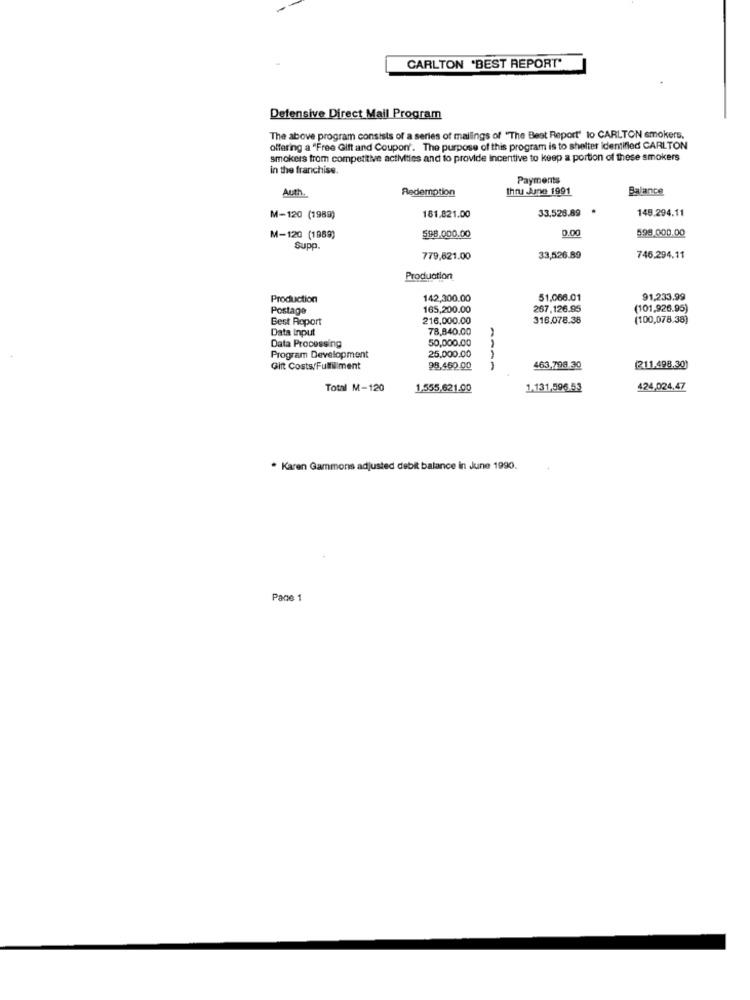
CARLTON 'BEST REPORT"
Defensive Direct Mail Program
The above program consists of a series of mailings of "The Best Report" to CARLTON smokers.
offering a "Free Gift and Coupon'. The purpose of this program is to shelter identified CARLTON
smokers from competitive activities and to provide incentive to keep a portion of these smokers
in the franchise.
Payments
Auth.
Redemption
Ihru June 1991
Balance
33.526.89
148.294.11
M-120 (1989)
181.821.00
0.00
598.000.00
M-120 (1989)
598,000.00
Supp.
779,821.00
33,526.89
746.294.11
Production
Production
142,300.00
51.066.01
91,233.99
Postage
165,200.00
267,126.95
(101,926.95)
Best Roport
216,000.00
316.078.38
(100,078.38)
78,840.00
Data Input
50,000.00
Data Processing
25,000.00
Program Development
Gift Costs/Fulfillment
98,450.00
----
463,798.30
(211.498.30)
Total M-120
1,555,621.00
1.131,596.53
424,024.47
* Karen Gammons adjusted debit balance in June 1990.
Pace 1